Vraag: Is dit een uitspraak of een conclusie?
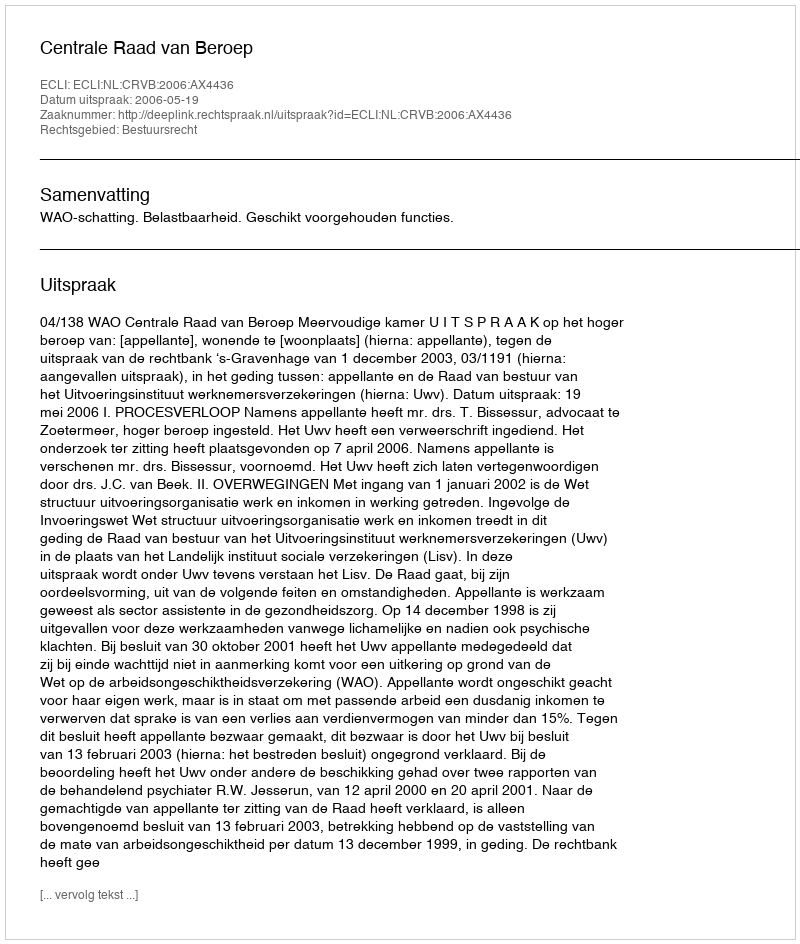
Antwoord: Uitspraak